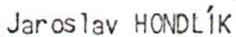
Jaroslav HONDLÍK